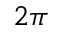
2 \pi